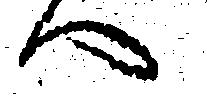
へ